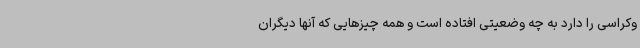
وکراسی را دارد به چه وضعیتی افتاده است و همه چیزهایی که آنها دیگران